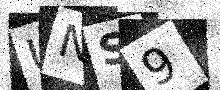
Text: UNS9